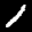
Label: 1